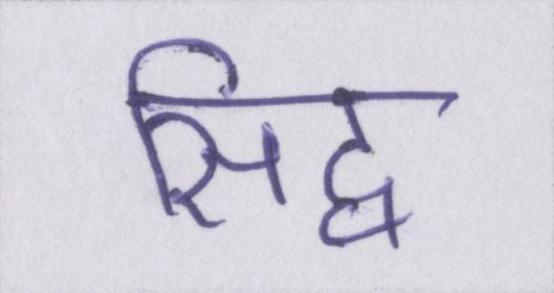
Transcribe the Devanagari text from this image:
सिद्व